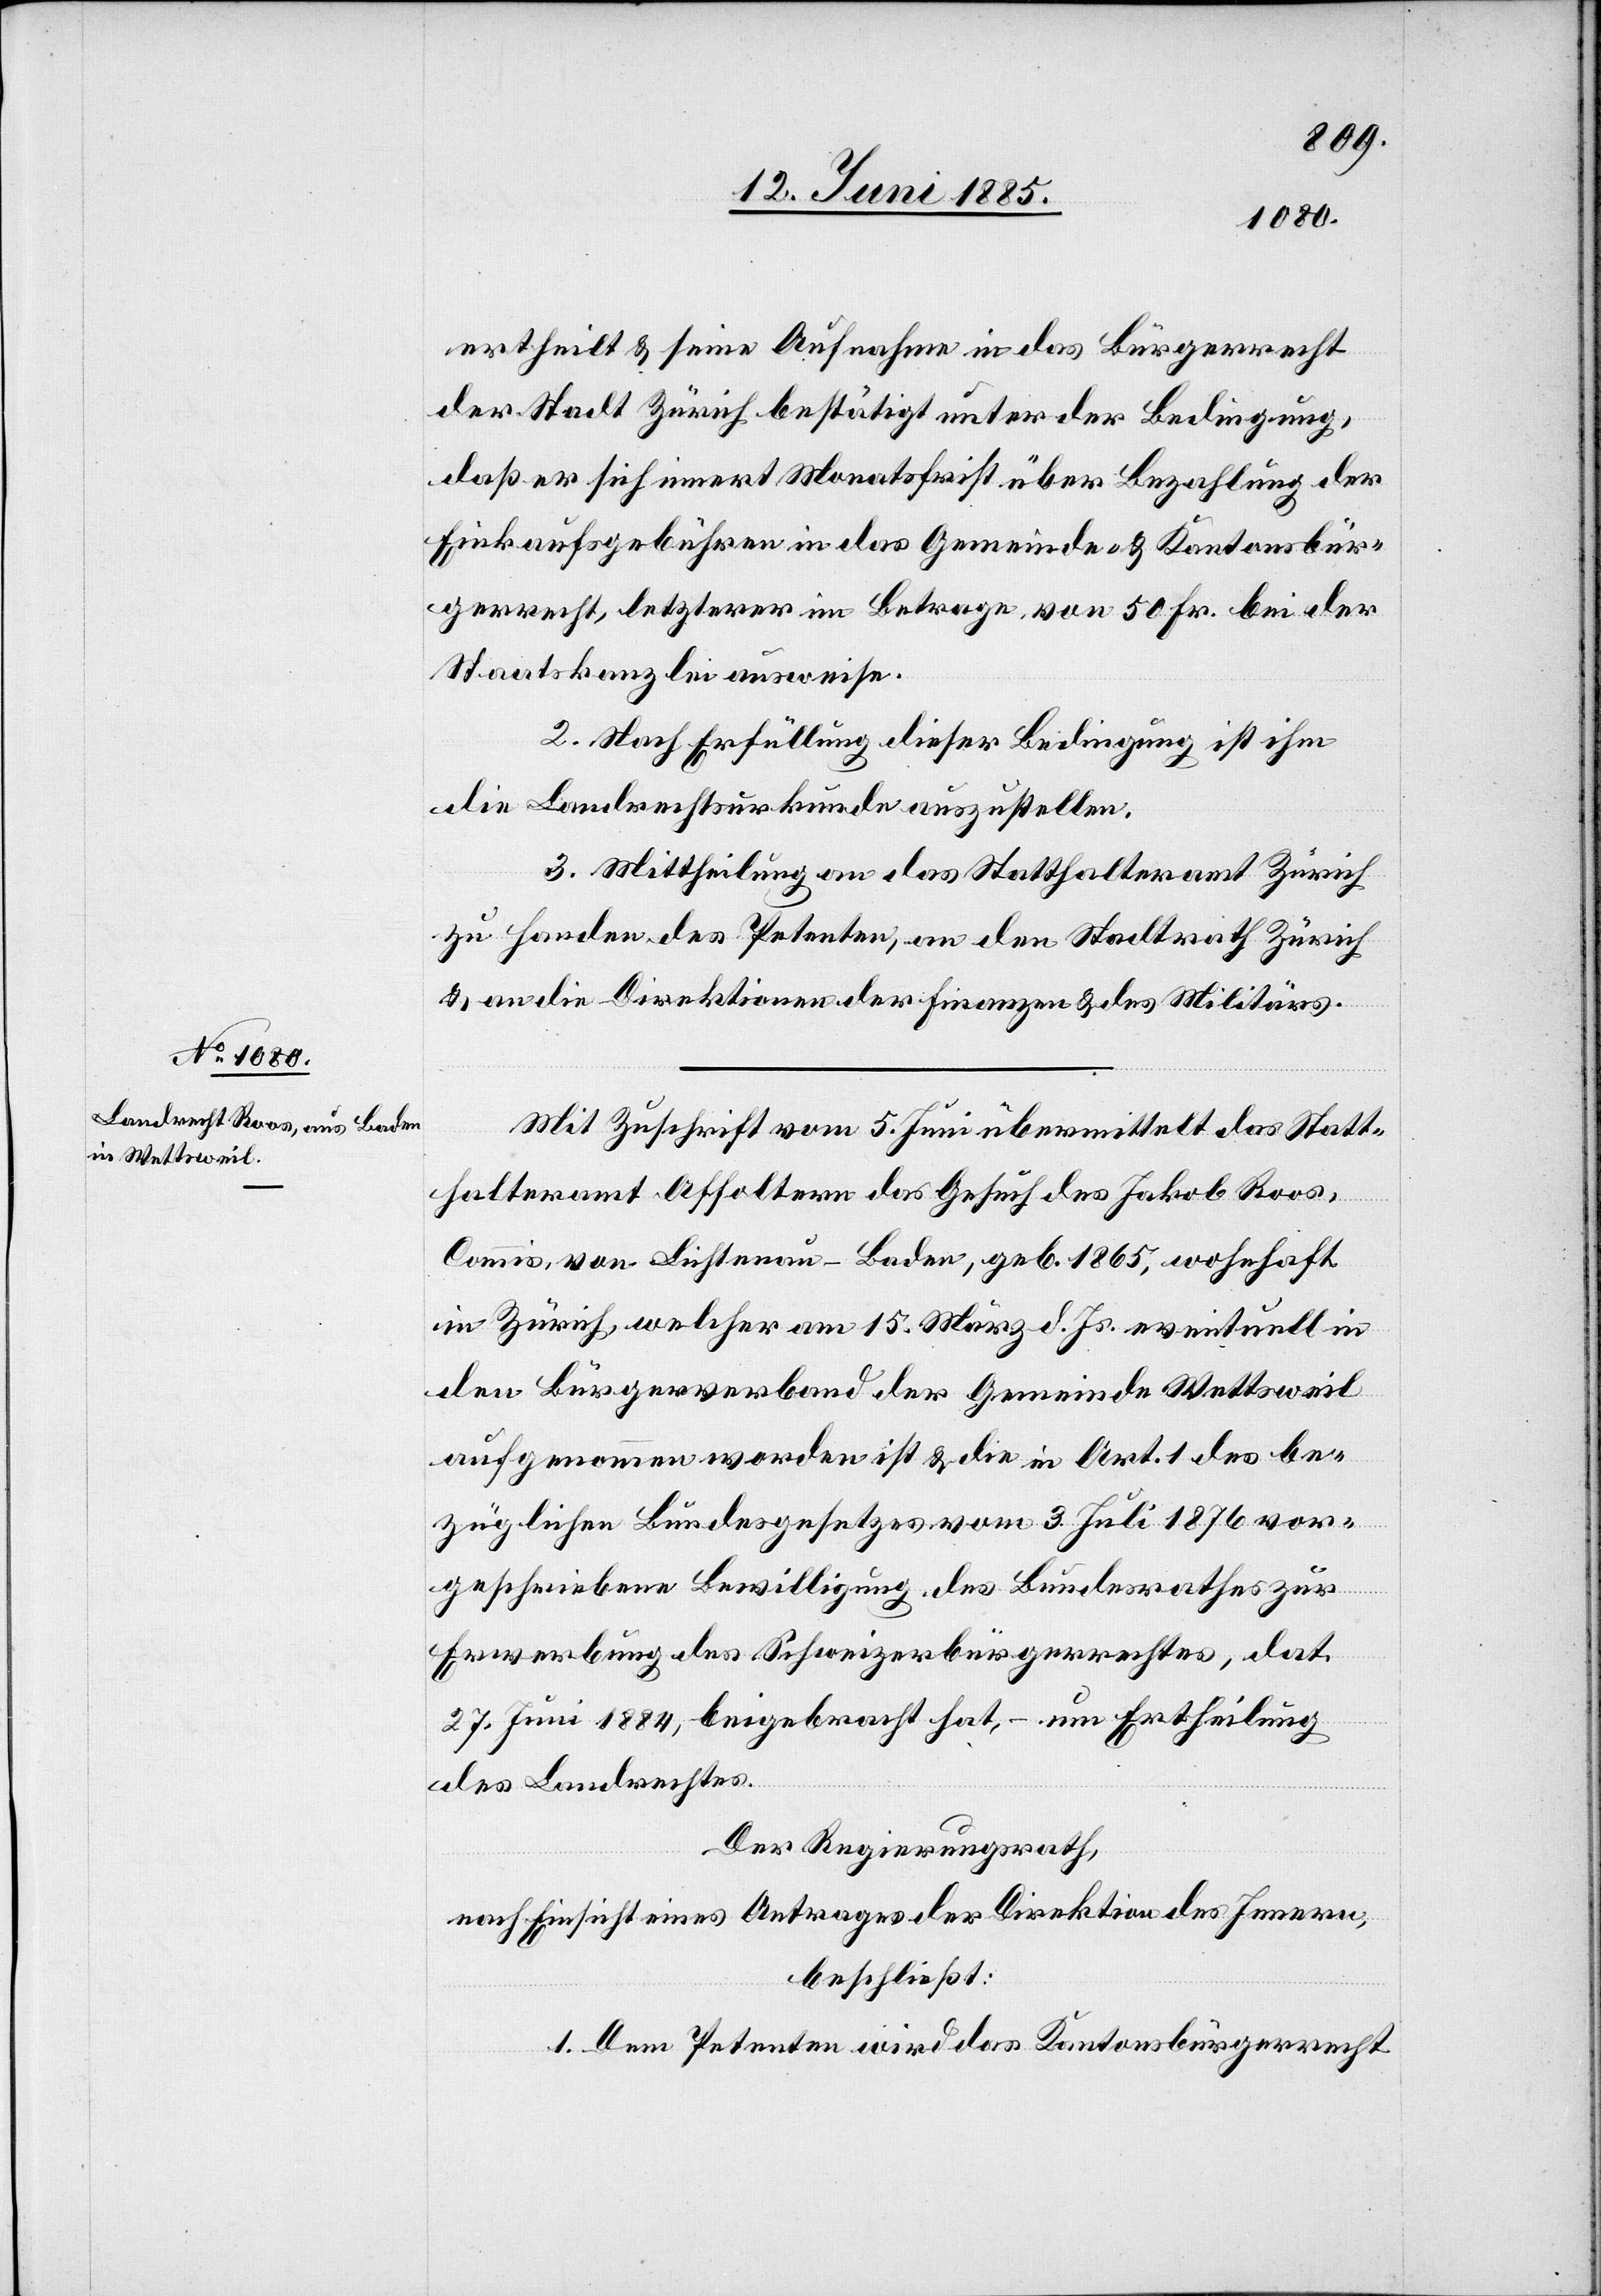
ertheilt & seine Aufnahme in das Bürgerrecht
der Stadt Zürich bestätigt unter der Bedingung,
daß er sich innert Monatsfrist über Bezahlung der
Einkaufsgebühren in das Gemeinde- & Kantonsbür¬
gerrecht, letzterer im Betrage von 50 Fr. bei der
Staatskanzlei ausweise.
2. Nach Erfüllung dieser Bedingung ist ihm
die Landrechtsurkunde auszustellen.
3. Mittheilung an das Statthalteramt Zürich
zu Handen des Petenten, an den Stadtrath Zürich
& an die Direktionen der Finanzen & des Militärs.
Mit Zuschrift vom 5. Juni übermittelt das Statt¬
halteramt Affoltern das Gesuch des Jakob Roos,
Commis, von Lichtenau - Baden, geb. 1865, wohnhaft
in Zürich, welcher am 15. März d. Js. eventuell in
den Bürgerverband der Gemeinde Wettsweil
aufgenommen worden ist & die in Art. 1 des be¬
züglichen Bundesgesetzes vom 3. Juli 1876 vor¬
geschriebene Bewilligung des Bundesrathes zur
Erwerbung des Schweizerbürgerrechtes, dat.
27. Juni 1884, beigebracht hat, – um Ertheilung
des Landrechtes.
Der Regierungsrath,
nach Einsicht eines Antrages der Direktion des Innern,
beschließt:
1. Dem Petenten wird das Kantonsbürgerrecht